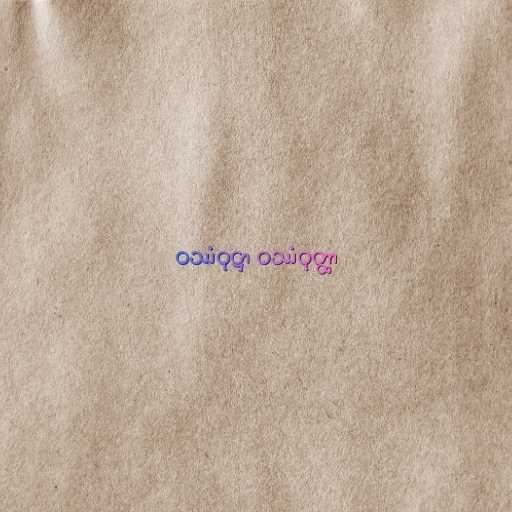
ဝဿံဝုဋ္ဌာ ဝဿံဝုတ္ထာ